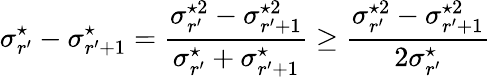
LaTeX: \sigma_{r^{\prime}}^{\star}-\sigma_{r^{\prime}+1}^{\star}=\frac{\sigma_{r^{\prime}}^{\star 2}-\sigma_{r^{\prime}+1}^{\star 2}}{\sigma_{r^{\prime}}^{\star}+\sigma_{r^{\prime}+1}^{\star}}\geq\frac{\sigma_{r^{\prime}}^{\star 2}-\sigma_{r^{\prime}+1}^{\star 2}}{2\sigma_{r^{\prime}}^{\star}}